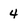
Character: 4